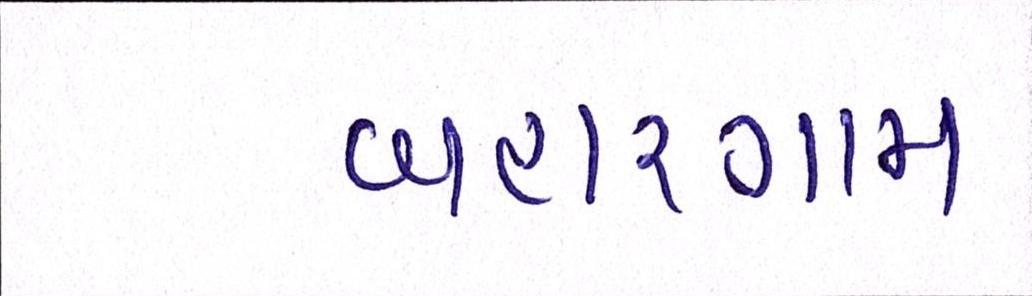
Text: બહારગામ